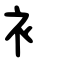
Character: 衤